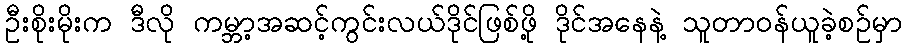
ဦးစိုးမိုးက ဒီလို ကမ္ဘာ့အဆင့်ကွင်းလယ်ဒိုင်ဖြစ်ဖို့ ဒိုင်အနေနဲ့ သူတာဝန်ယူခဲ့စဉ်မှာ